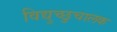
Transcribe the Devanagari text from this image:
विद्युच्छुचालक